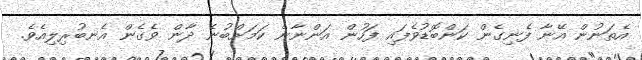
އެތަނުން އޭނާ ފެނިގެން ކަންބޮޑުވެފައި ފަހުން އަންނާނެ ކަމަށްބުނެ ދާން ވެގެން އެނބުރިލިއެވެ.